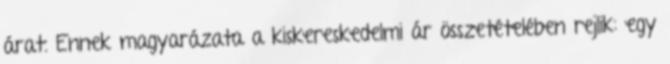
árat. Ennek magyarázata a kiskereskedelmi ár összetételében rejlik: egy